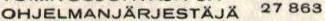
OHJELMANJÄRJESTÄJÄ 27 863